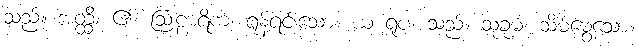
သည်။ အတ္ထိ၊ ၏။ ဩဠာရိကံ၊ ရုန့်ရင်းသော။ ယံ ရူပံ၊ သည်။ သုခုမံ၊ သိမ်မွေ့သော။